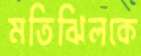
মতিঝিলকে